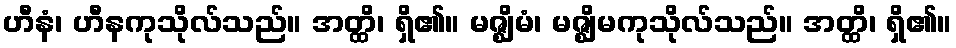
ဟီနံ၊ ဟီနကုသိုလ်သည်။ အတ္ထိ၊ ရှိ၏။ မဇ္ဈိမံ၊ မဇ္ဈိမကုသိုလ်သည်။ အတ္ထိ၊ ရှိ၏။